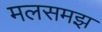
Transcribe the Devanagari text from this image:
मलसमझ